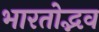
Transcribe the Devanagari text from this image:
भारतोद्भव